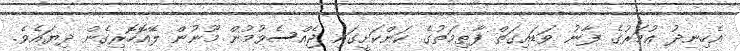
އެހިނދު ޢުމަރުގެ ފާނު ވަޑައިގަތް ފާޠިމަތުގެ ކަންކަށީގައި ޖެއްސެވުމުން މޫނުން ލޭއޮހޮރިގެން ދިޔައެވެ.